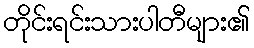
တိုင်းရင်းသားပါတီများ၏